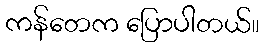
ကန်တေက ပြောပါတယ်။